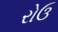
રોઉ